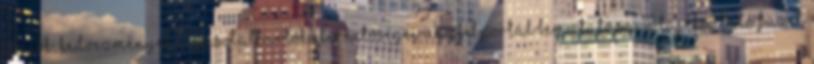
Akciók, kedvezmények Kapcsolattartók elérhetőségei Ügyfélportál bemutatása 18 Tájékoztató füzet